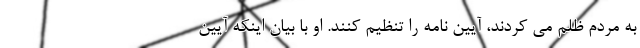
به مردم ظلم می کردند، آیین نامه را تنظیم کنند. او با بیان اینکه آیین